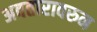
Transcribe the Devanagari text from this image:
अवतारावरुन